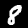
Digit: 8